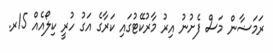
ރަމަޟާން މަސް ފެށުނު އިރު މާރުކޭޓުގައި ކަރާގެ އަގު ހުރީ ކިލޯއެއް 15ރ.